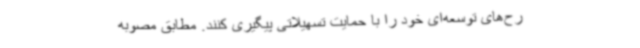
رح‌های توسعه‌ای خود را با حمایت تسهیلاتی پیگیری کنند. مطابق مصوبه